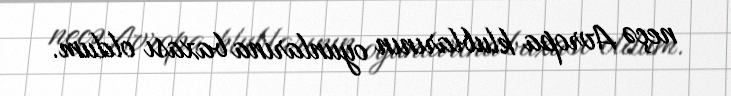
neçə Avropa klublarının oyunlarına baxası oldum.